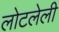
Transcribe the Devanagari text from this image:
लोटलेली